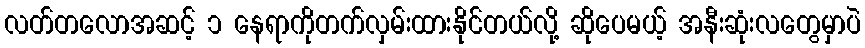
လတ်တလောအဆင့် ၁ နေရာကိုတက်လှမ်းထားနိုင်တယ်လို့ ဆိုပေမယ့် အနီးဆုံးလတွေမှာပဲ